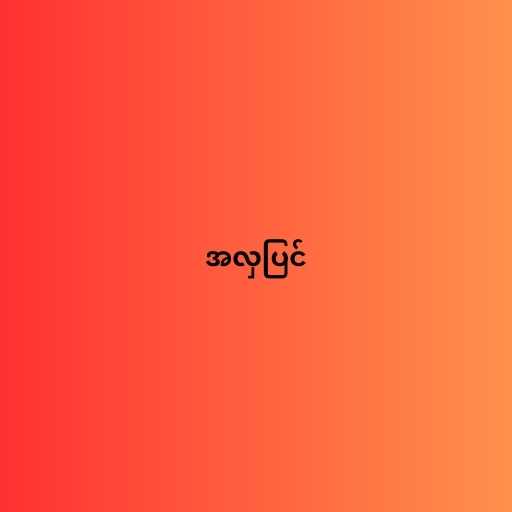
အလှပြင်